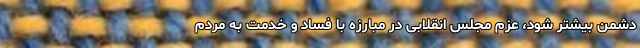
دشمن بیشتر شود، عزم مجلس انقلابی در مبارزه با فساد و خدمت به مردم